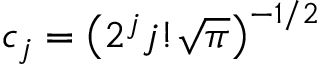
c _ { j } = \big ( 2 ^ { j } j ! \sqrt { \pi } \big ) ^ { - 1 / 2 }